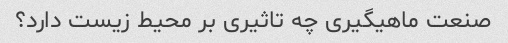
صنعت ماهیگیری چه تاثیری بر محیط زیست دارد؟